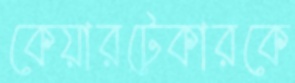
কেয়ারটেকারকে